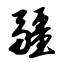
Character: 疆